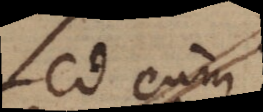
Sed cum